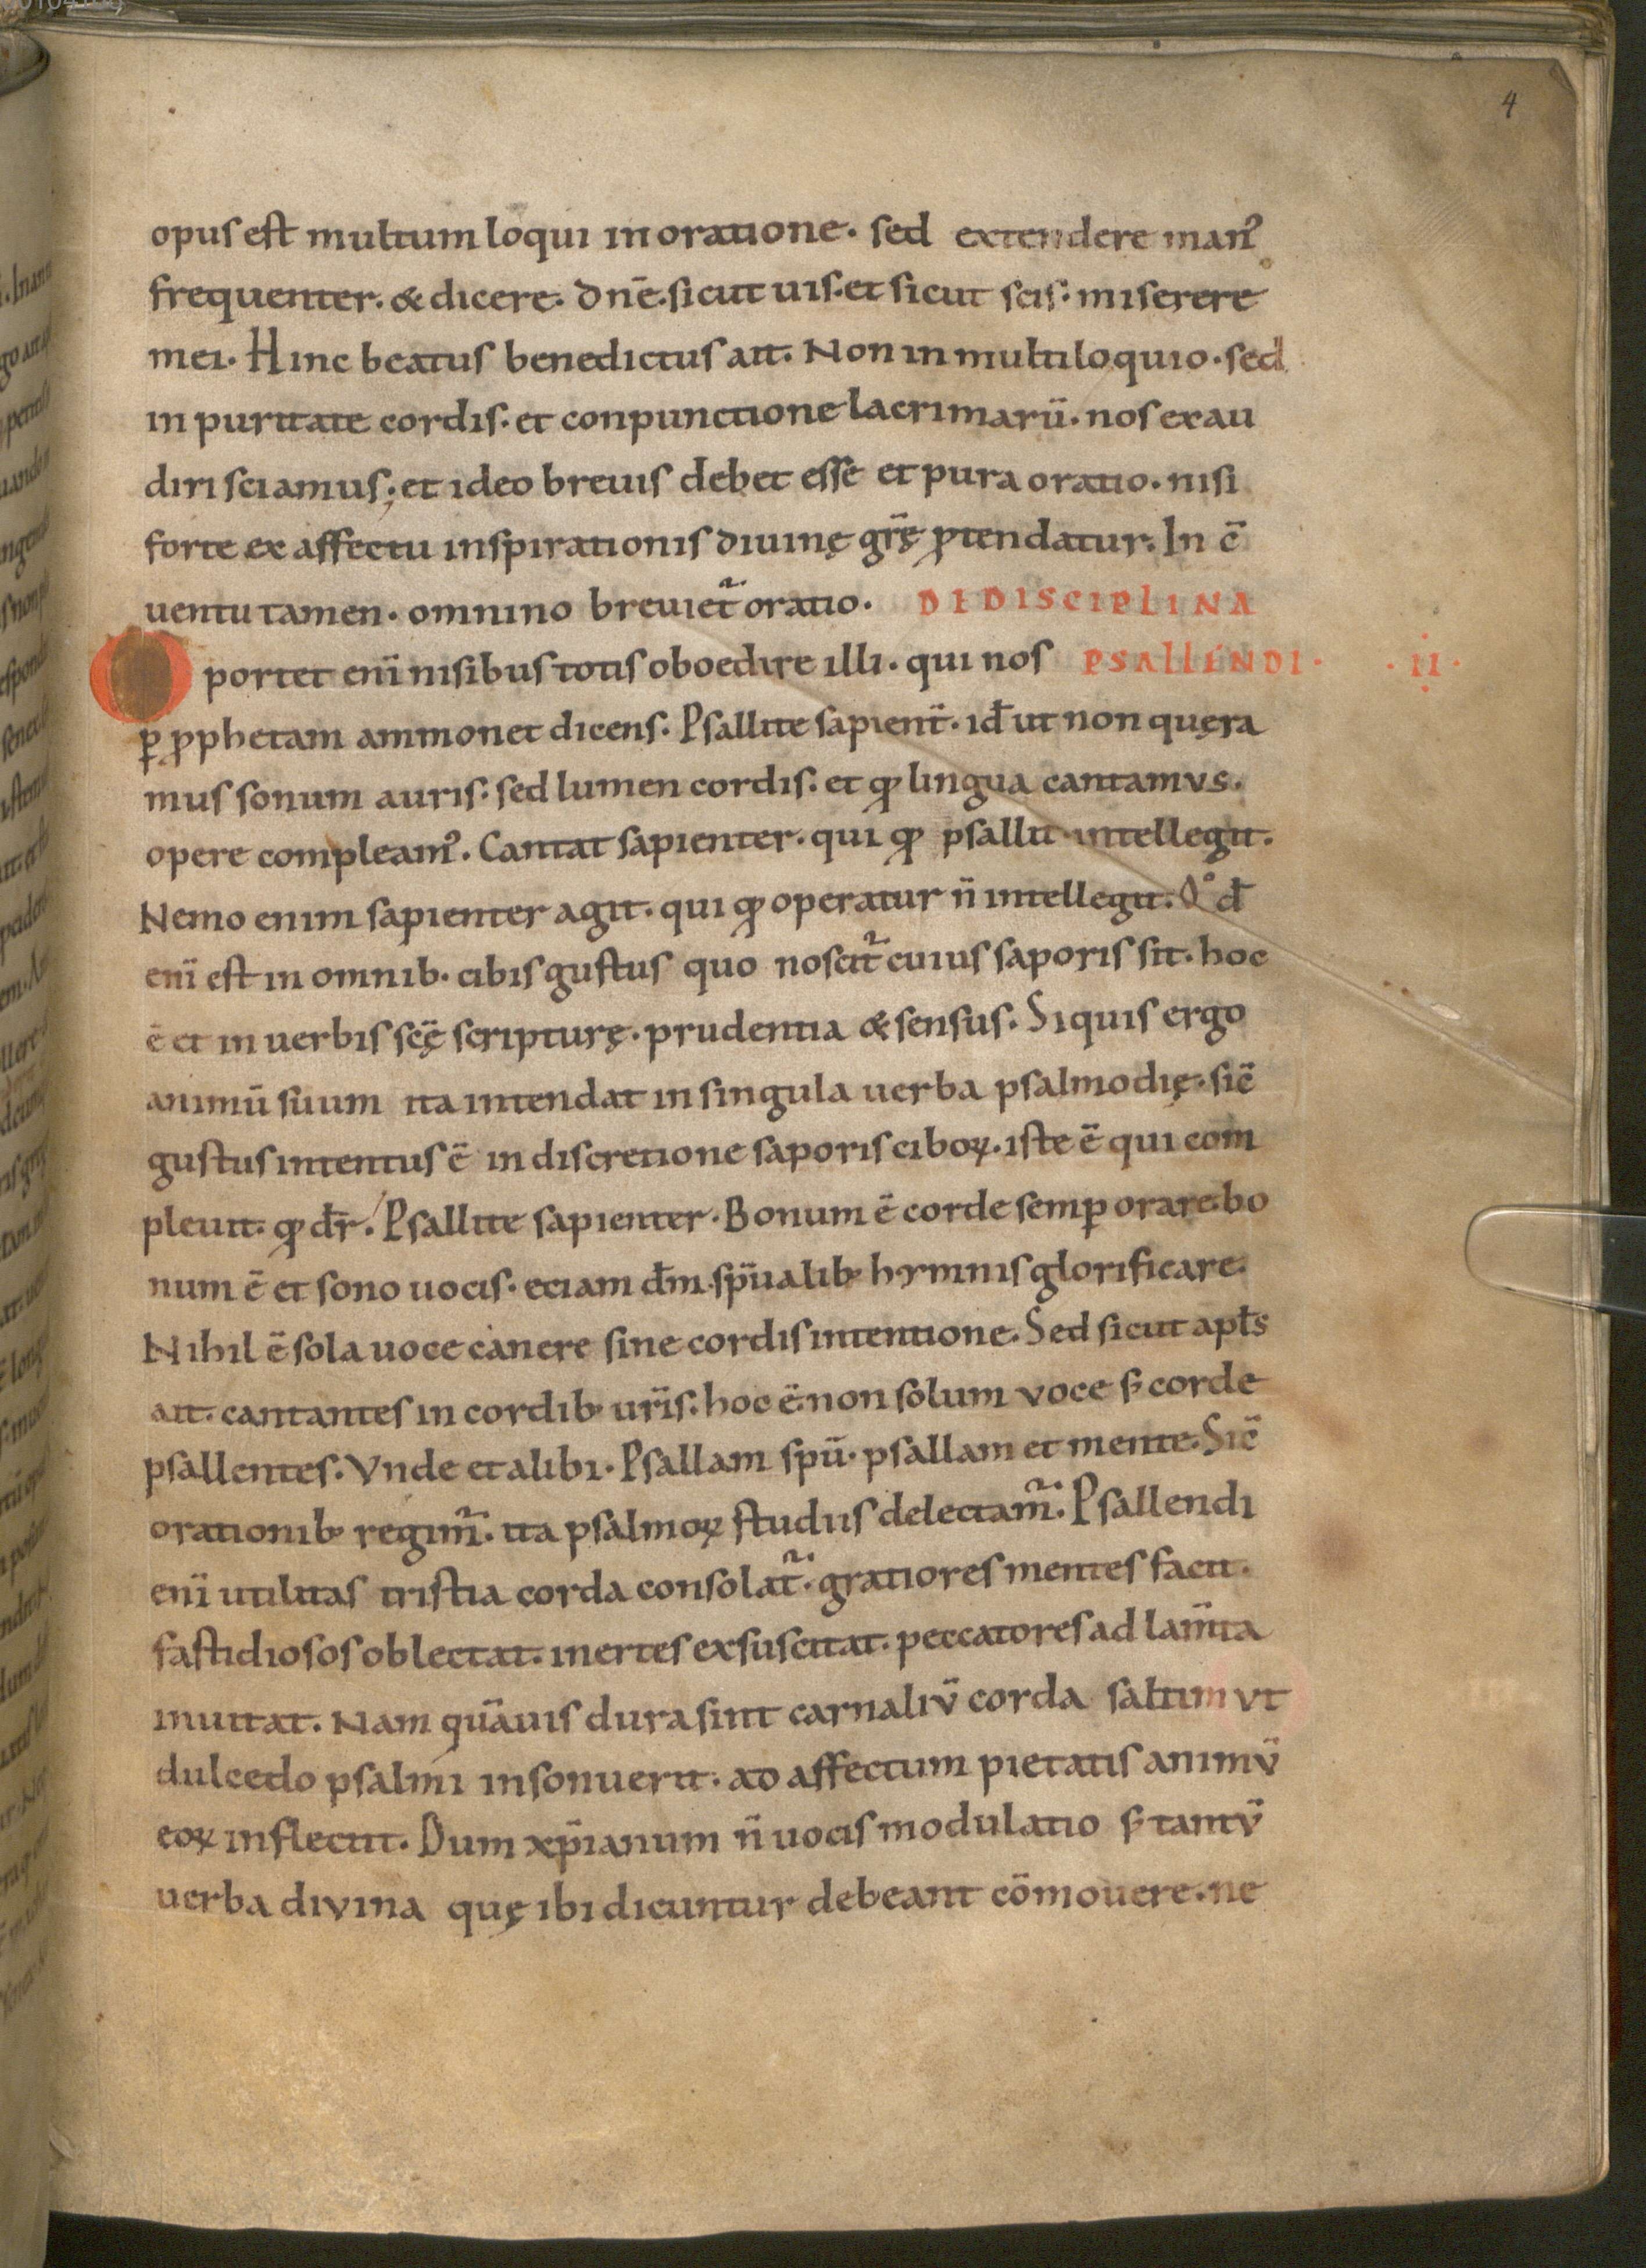
Shelfmark: Munich, Bayerische Staatsbibliothek, Clm 12104
Century: 11